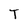
Character: T